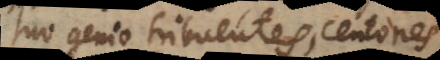
suo genio tribuentes, centones